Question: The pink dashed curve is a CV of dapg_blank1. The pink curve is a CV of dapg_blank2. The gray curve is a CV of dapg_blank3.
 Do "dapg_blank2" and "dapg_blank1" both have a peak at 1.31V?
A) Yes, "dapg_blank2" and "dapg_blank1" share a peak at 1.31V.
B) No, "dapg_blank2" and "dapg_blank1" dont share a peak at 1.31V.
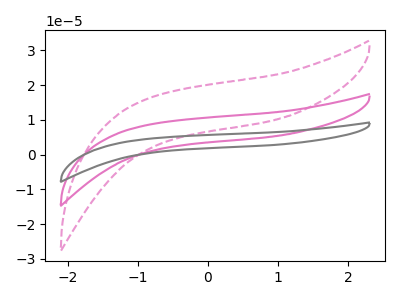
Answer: <think>The pink dashed curve "dapg_blank1" has no peaks. The pink curve "dapg_blank2" has no peaks. The gray curve "dapg_blank3" has no peaks.</think>
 <answer>B) No, "dapg_blank2" and "dapg_blank1" dont share a peak at 1.31V.</answer>
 <eval>B</eval>